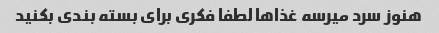
هنوز سرد میرسه غذاها لطفا فکری برای بسته بندی بکنید